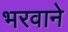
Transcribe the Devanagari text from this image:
भरवाने